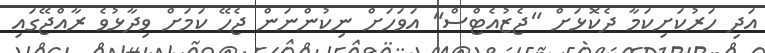
އަދި ހަރުކަށިކަމާ ދެކޮޅަށް "ޖެޒުއެޓްސް" އަވަހަށް ނިކުންނަން ޖެހޭ ކަމަށް ވިދާޅުވެ ރާއްޖޭގައި